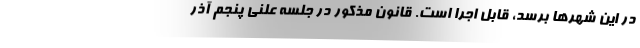
در این شهرها برسد، قابل اجرا است. قانون مذکور در جلسه علنی پنجم آذر